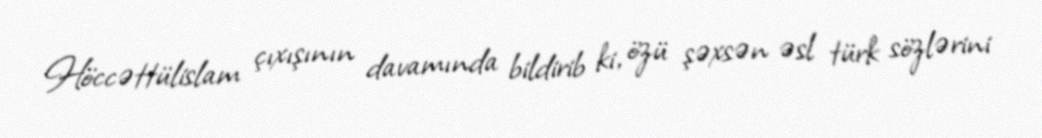
Höccəttülislam çıxışının davamında bildirib ki, özü şəxsən əsl türk sözlərini